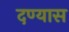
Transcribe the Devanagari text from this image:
दण्यास